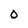
Character: 0